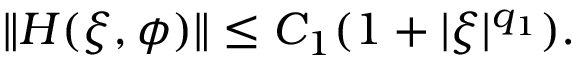
\begin{array} { r } { \| H ( \xi , \phi ) \| \le C _ { 1 } ( 1 + | \xi | ^ { q _ { 1 } } ) . } \end{array}